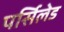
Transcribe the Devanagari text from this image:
पर्सिलेड